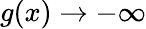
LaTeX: g(x)\rightarrow-\infty